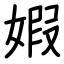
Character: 婽